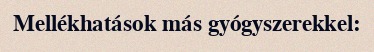
Mellékhatások más gyógyszerekkel: